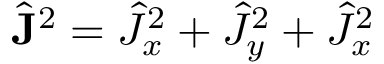
\hat { \mathbf { J } } ^ { 2 } = \hat { J } _ { x } ^ { 2 } + \hat { J } _ { y } ^ { 2 } + \hat { J } _ { x } ^ { 2 }